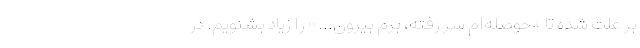
بر علت شده تا «حوصله‌ام سر رفته، برم بیرون...» را زیاد بشنویم. در